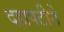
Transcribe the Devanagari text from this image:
दहापटीने